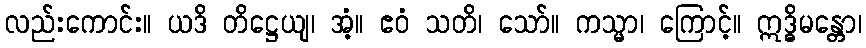
လည်းကောင်း။ ယဒိ တိဋ္ဌေယျ၊ အံ့။ ဧဝံ သတိ၊ သော်။ ကသ္မာ၊ ကြောင့်။ ဣဒ္ဓိမန္တော၊